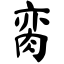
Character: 脔